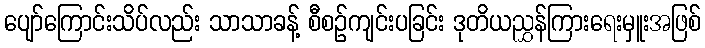
ပျော်ကြောင်းသိပ်လည်း သာသာခန့် စီစဉ်ကျင်းပခြင်း ဒုတိယညွှန်ကြားရေးမှူးအဖြစ်